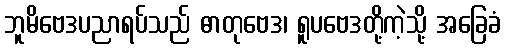
ဘူမိဗေဒပညာရပ်သည် ဓာတုဗေဒ၊ ရူပဗေဒတို့ကဲ့သို့ အခြေခံ